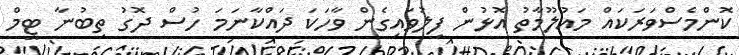
ކޮންމެސްވަރަކައް މައުލޫމާތު އޮޅުން ފިލުވައިގެން ވާހަކަ ދައްކާނަމަ ހުސް ދޮގު ތިބުނާ ޓީމް